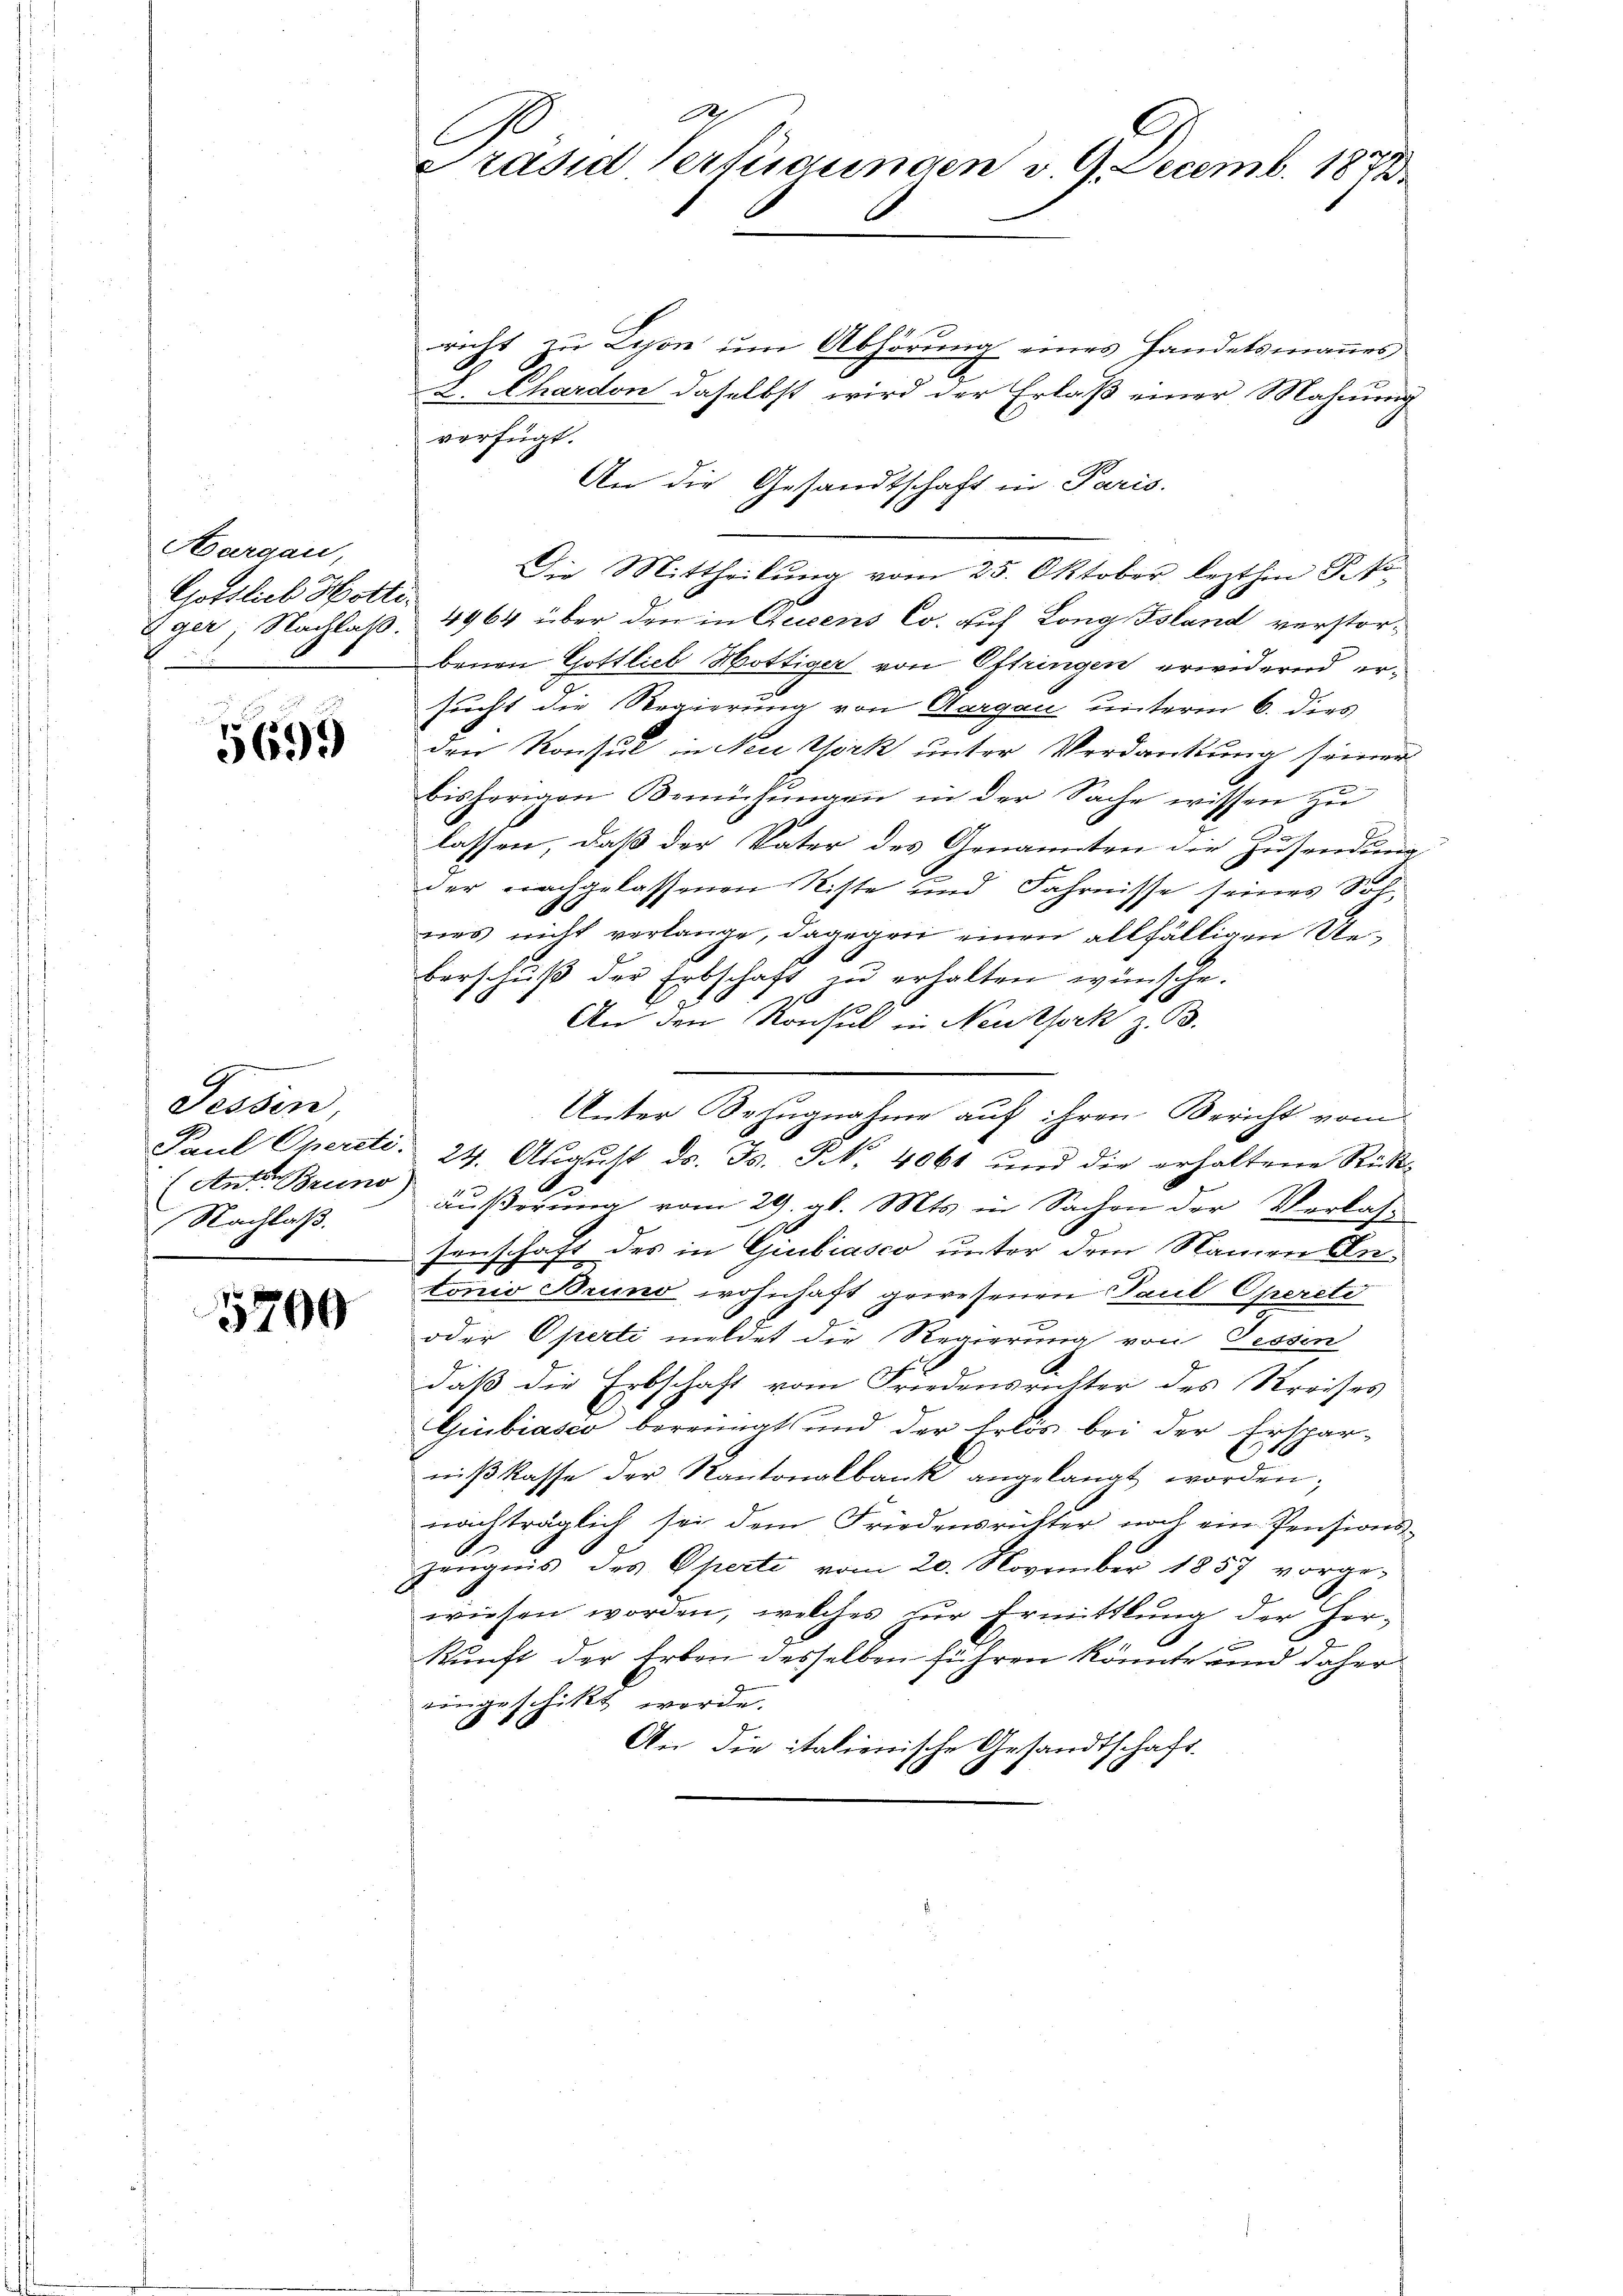
Hargau,
Gottlieb Hotti-

569.

Fessen,
t
(Ant. Bruno)
Nachlaß.

5700

140
richt zu Lyon um Abhörung eines Handelsmannes
L. Chardon daselbst wird der Erlaß einer Mahnung
verfügt:
An die Gesandtschaft in Paris.
Die Mittheilŭng vom 25. Oktober lezthin R. V.
Eger, Nachlaß. 4964 über den in Augens Co. auf Long Tsland verstorbenen Gottlieb Hottiger von Ottringen erwidernd ersucht die Regierung von Aargau unterm 6. dies
den Konsul in New York unter Verdankung seiner
bisherigen Bemühungen in der Sache wissen zu
lassen, daß der Vater des Genannten die Zusendung
der nachgelassenen Riste und Fahrnisse seines Sohnes nicht verlange, dagegen einen allfälligen Ueberschuß der Erbschaft zu erhalten wünsche.
An den Konsul in Neukpork z. B.
Unter Bezugnahme auf ihren Bericht vom
Paul Opercti. 24. August ds. Fs. Frk. 4061 und die erhaltene Rück-
äußerung vom 29. gl. Mts. in Sachen der Verlas-
senschaft des in Giubiasco unter dem Namen Antonio Bruno wohnhaft gewesenen Paul Operete
oder Operti meldet die Regierung von Tessin
daß die Erbschaft vom Friedensrichter des Kreises
Giubiasio bereinigt und der Erlös bei der Ersparniβ kasse der Kantonalbank angelangt worden;
nachträglich sei dem Friedensrichter noch ein Pensionszeŭgnis des Operte vom 20. November 1857 vorge-
wiesen worden, welches zur Ermittlung der Her¬
0 f 0 x
kunft der Erben desselben führen könnte und daher
eingeschikt werde.
.
An die italienische Gesandtschaft

Präsid Verfügungen v. 9. Decemb. 1878